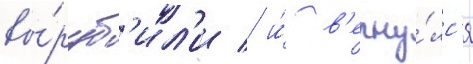
вы́руб'ил'и / и́ в'ерну́лс'я